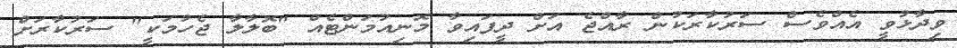
ވިދާޅުވީ އެއްވެސް ސަރުކާރަކުން ރާއްޖެ އަށް ދީފައިވާ މޮނިއުމަންޓެއް "ބޮލާލާ ޖެހުމަކީ" ސަރުކާރަށް